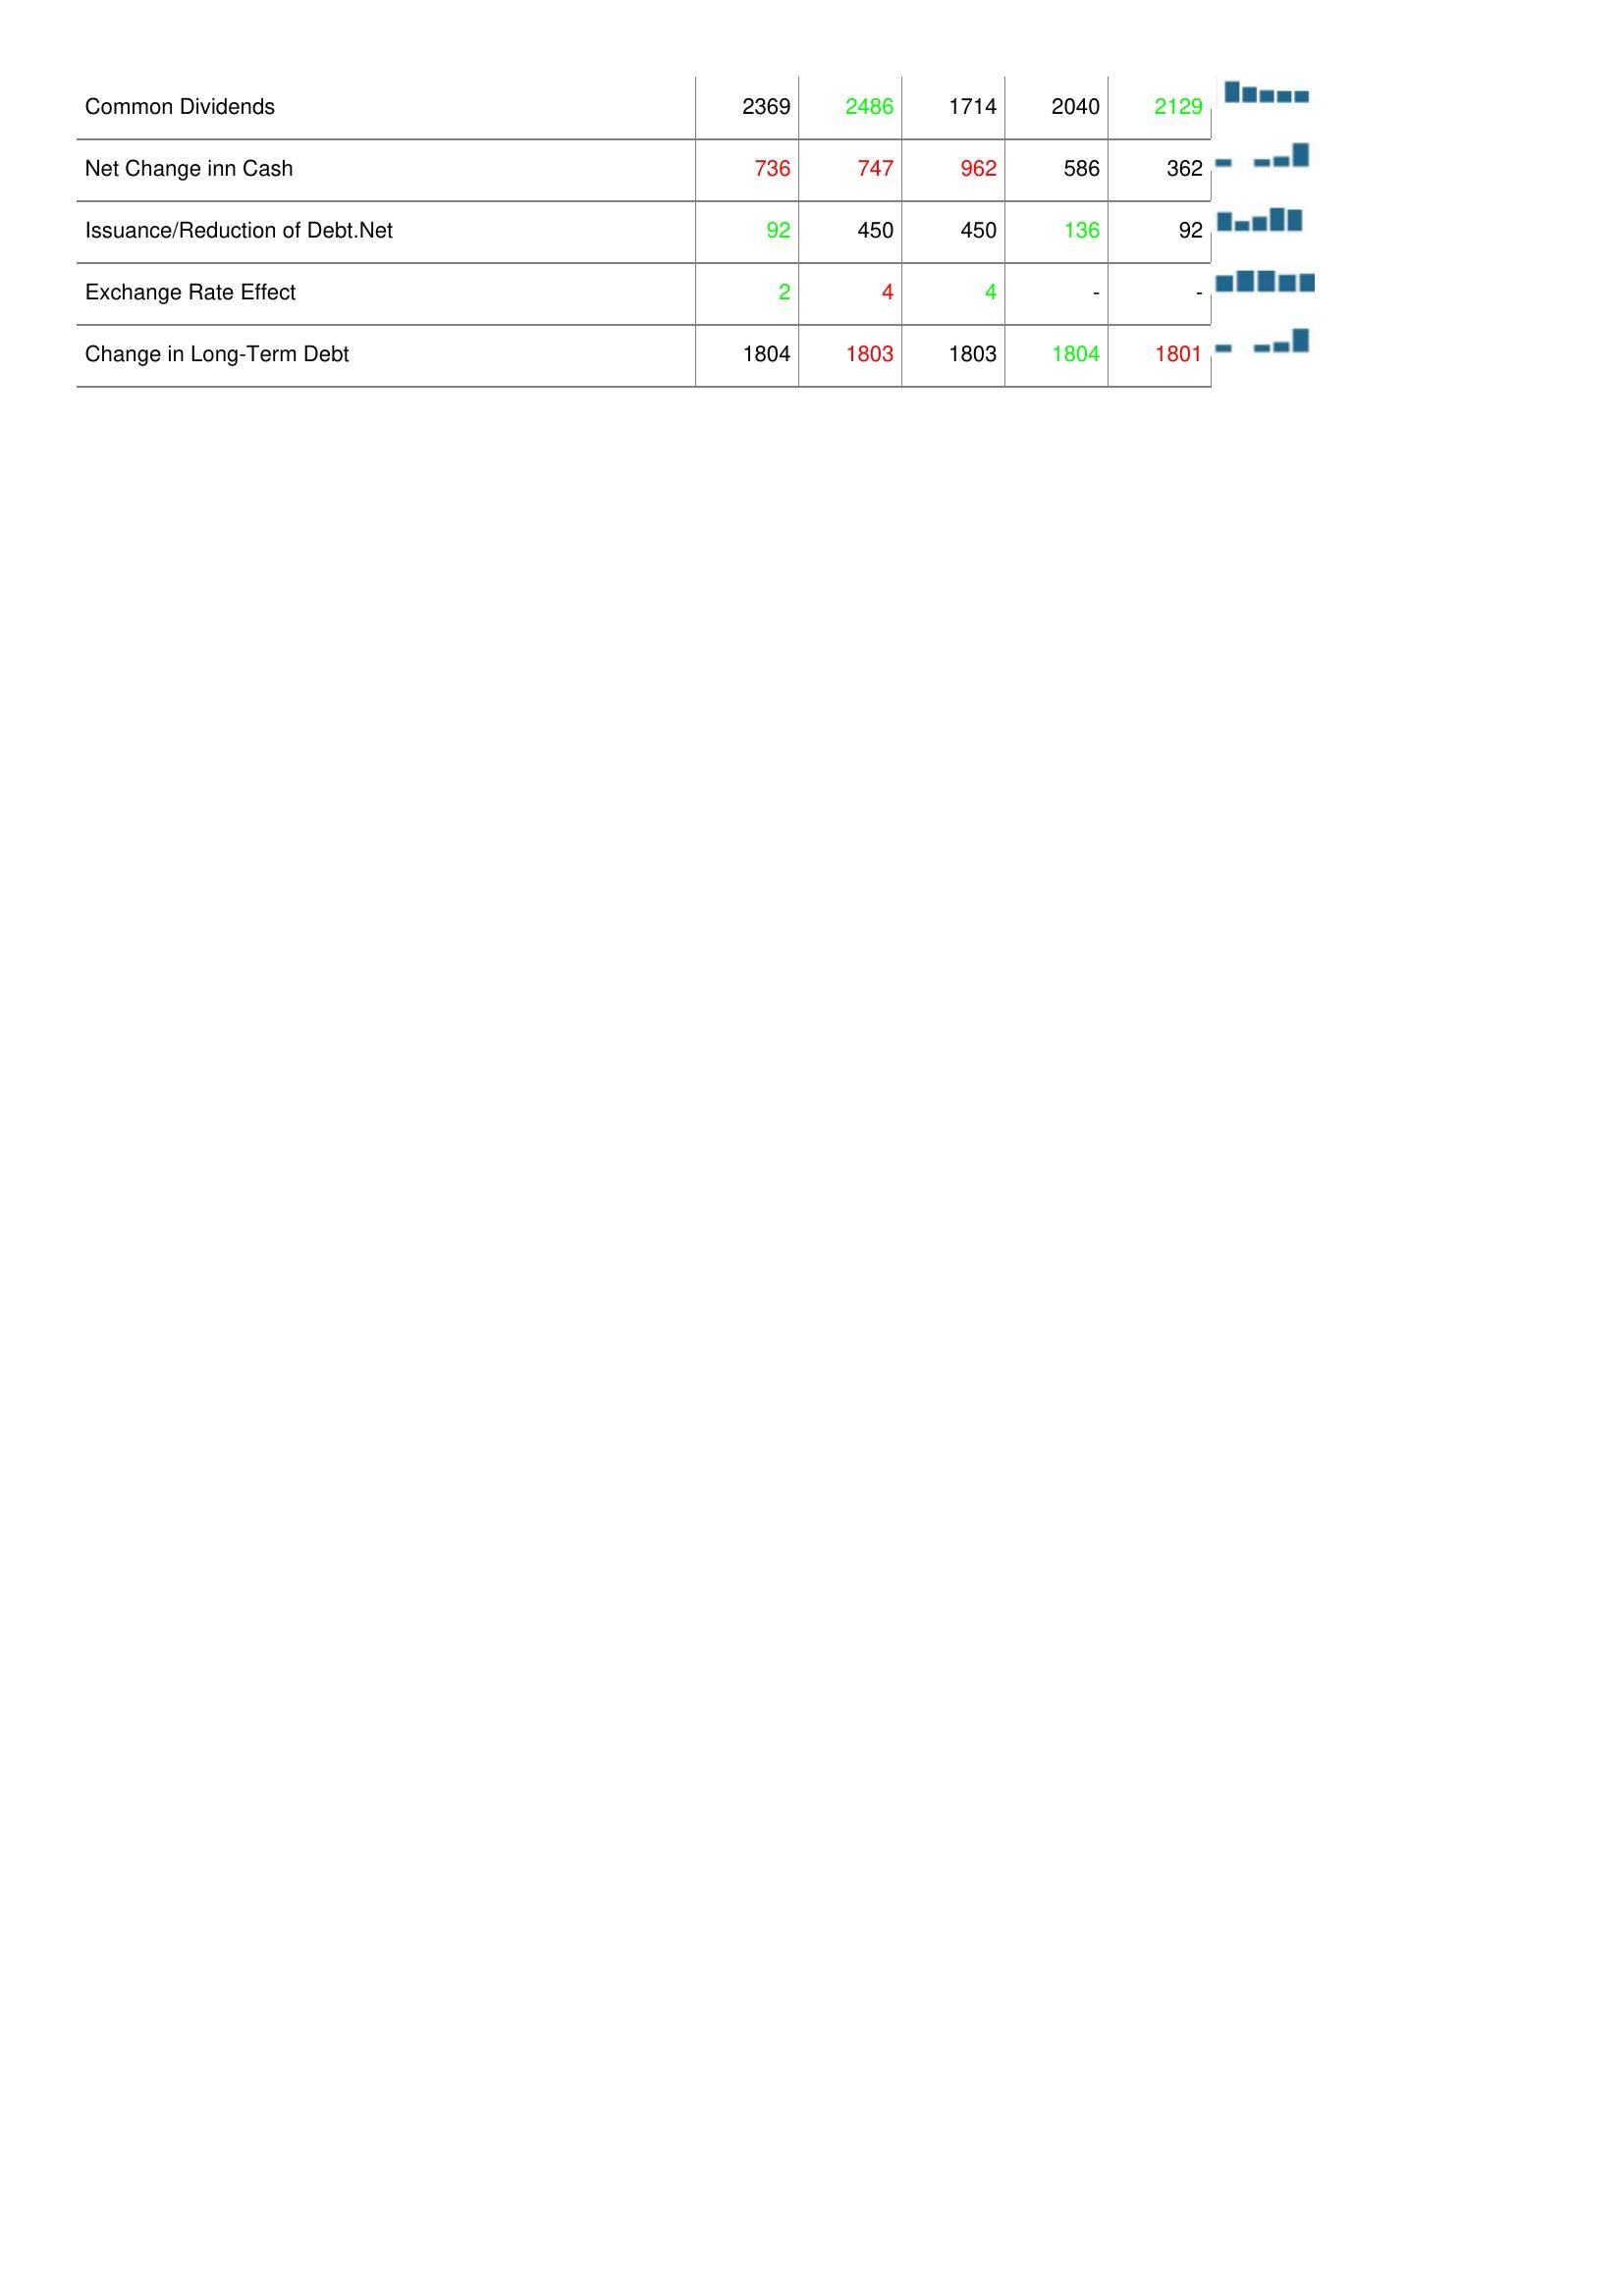
2003: Financing Activities: Common Dividends: 2369
Net Change inn Cash: 736
Issuance/Reduction of Debt.Net: 92
Exchange Rate Effect: 2
Change in Long-Term Debt: 1804
2004: Financing Activities: Common Dividends: 2486
Net Change inn Cash: 747
Issuance/Reduction of Debt.Net: 450
Exchange Rate Effect: 4
Change in Long-Term Debt: 1803
2005: Financing Activities: Common Dividends: 1714
Net Change inn Cash: 962
Issuance/Reduction of Debt.Net: 450
Exchange Rate Effect: 4
Change in Long-Term Debt: 1803
2006: Financing Activities: Common Dividends: 2040
Net Change inn Cash: 586
Issuance/Reduction of Debt.Net: 136
Exchange Rate Effect: -
Change in Long-Term Debt: 1804
2007: Financing Activities: Common Dividends: 2129
Net Change inn Cash: 362
Issuance/Reduction of Debt.Net: 92
Exchange Rate Effect: -
Change in Long-Term Debt: 1801